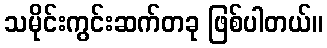
သမိုင်းကွင်းဆက်တခု ဖြစ်ပါတယ်။